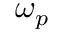
\omega _ { p }